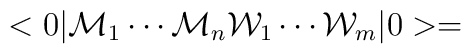
<0| {\cal{M}}_{1} \cdots {\cal{M}}_{n} {\cal{W}}_{1} \cdots {\cal{W}}_{m}| 0>      =